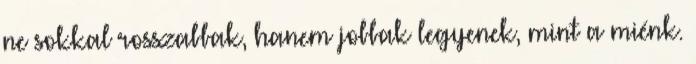
ne sokkal rosszabbak, hanem jobbak legyenek, mint a miénk.